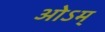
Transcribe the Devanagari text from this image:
ओऽम्‌